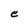
Character: e